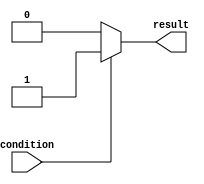
module if_else_statement (
    input wire condition,
    output reg result
);

always @* begin
    if (~condition) begin
        // Execute these statements if condition is false
        result = 0;
    end else begin
        // Execute these statements if condition is true
        result = 1;
    end
end

endmodule